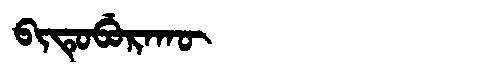
Manchu: ᠪᡳᡨᡠᠪᡠᡵᠠᡴᡡ
Romanization: BITUBURAKŪ